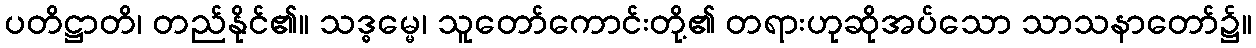
ပတိဋ္ဌာတိ၊ တည်နိုင်၏။ သဒ္ဓမ္မေ၊ သူတော်ကောင်းတို့၏ တရားဟုဆိုအပ်သော သာသနာတော်၌။